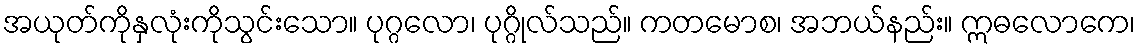
အယုတ်ကိုနှလုံးကိုသွင်းသော။ ပုဂ္ဂလော၊ ပုဂ္ဂိုလ်သည်။ ကတမောစ၊ အဘယ်နည်း။ ဣဓလောကေ၊